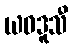
ယဝဒူသီ